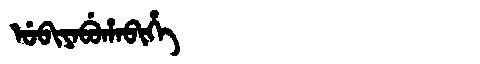
Manchu: ᡠᠪᡳᠶᠠᠪᡠᡥᠠᠪᡳᡥᡝ
Romanization: UBIYABUHABIHE